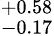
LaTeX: ^{+0.58}_{-0.17}